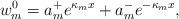
LaTeX: \begin{align*}w_m^0= a_m^+ e^{\kappa_m x} + a_m^{-} e^{-\kappa_m x},\end{align*}